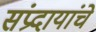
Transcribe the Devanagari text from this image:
संप्रदायांचे